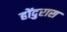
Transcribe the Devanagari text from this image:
होंदुरास